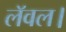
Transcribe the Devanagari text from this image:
लॅवल।